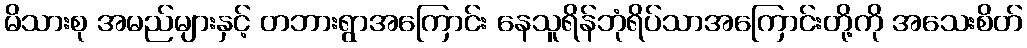
မိသားစု အမည်များနှင့် တဘားရွာအကြောင်း နေသူရိန်ဘုံရိပ်သာအကြောင်းတို့ကို အသေးစိတ်